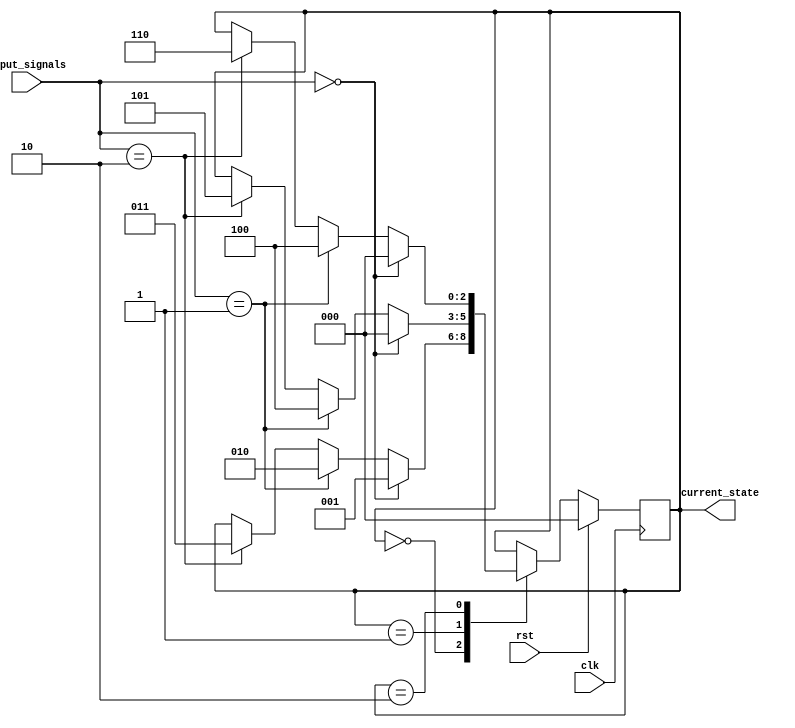
module fsm_2d (
    input clk,
    input rst,
    input [2:0] input_signals,
    output reg [2:0] current_state
);

// Define the states
parameter STATE_A = 3'b000;
parameter STATE_B = 3'b001;
parameter STATE_C = 3'b010;
parameter STATE_D = 3'b011;
parameter STATE_E = 3'b100;
parameter STATE_F = 3'b101;
parameter STATE_G = 3'b110;
parameter STATE_H = 3'b111;

// Define the transitions between states based on input signals
always @ (posedge clk) begin
    if (rst) begin
        current_state <= STATE_A;
    end else begin
        case (current_state)
            STATE_A: begin
                if (input_signals == 3'b000) current_state <= STATE_B;
                else if (input_signals == 3'b001) current_state <= STATE_C;
                else if (input_signals == 3'b010) current_state <= STATE_D;
            end
            STATE_B: begin
                if (input_signals == 3'b000) current_state <= STATE_A;
                else if (input_signals == 3'b001) current_state <= STATE_E;
                else if (input_signals == 3'b010) current_state <= STATE_F;
            end
            STATE_C: begin
                if (input_signals == 3'b000) current_state <= STATE_A;
                else if (input_signals == 3'b001) current_state <= STATE_E;
                else if (input_signals == 3'b010) current_state <= STATE_G;
            end
            // Add transitions for other states here
        endcase
    end
end

endmodule